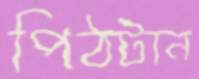
পিঠটান